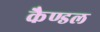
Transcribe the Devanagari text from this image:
कैण्डल